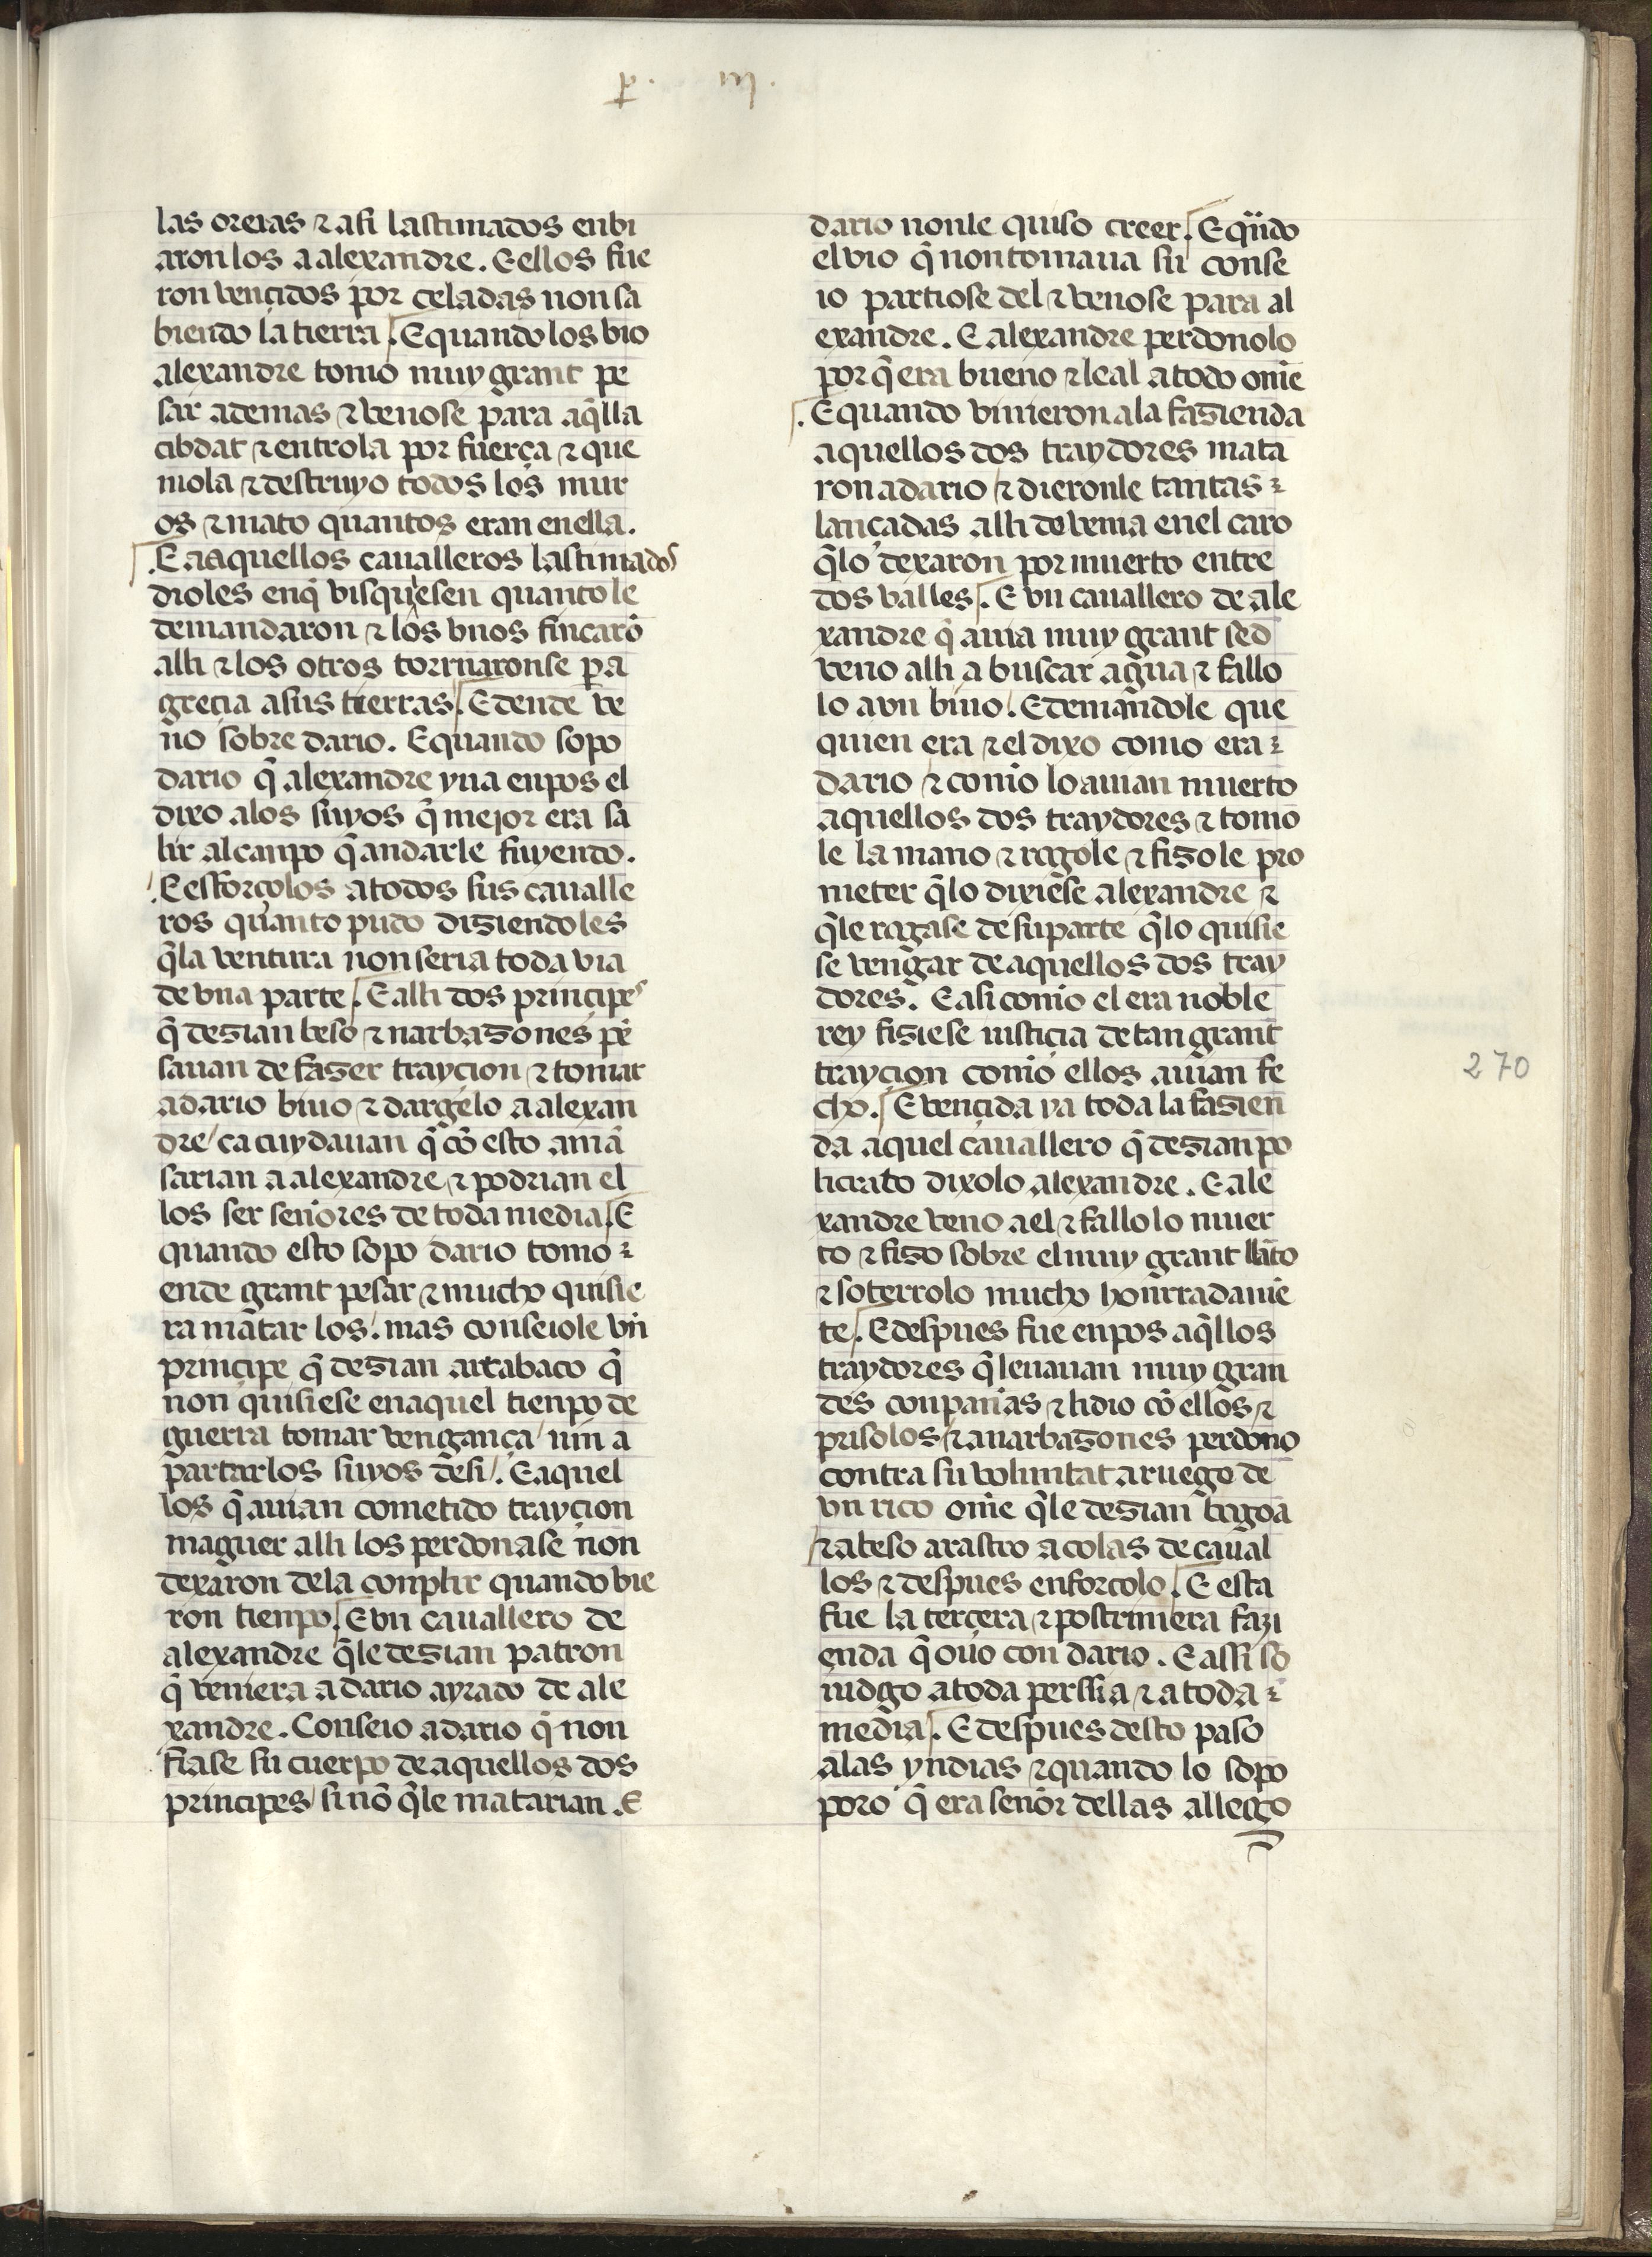
Shelfmark: Madrid, Fundación Lázaro Galdiano, mss 289
Century: 15